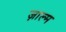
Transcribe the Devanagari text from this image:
ज़ाल्म